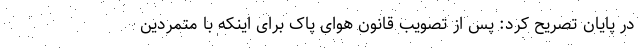
در پایان تصریح کرد: پس از تصویب قانون هوای پاک برای اینکه با متمردین